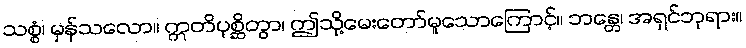
သစ္စံ၊ မှန်သလော။ ဣတိပုစ္ဆိတွာ၊ ဤသို့မေးတော်မူသောကြောင့်။ ဘန္တေ၊ အရှင်ဘုရား။